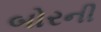
બોરની